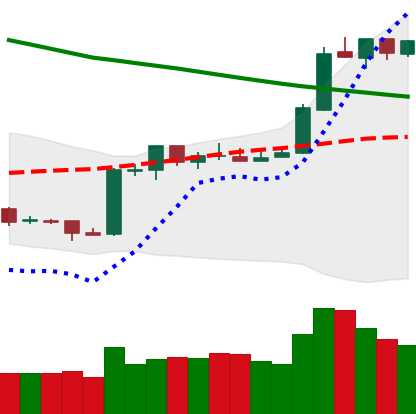
Ticker: ETH-USD
Chart end date: 2019-02-22
Forward return: -8.697%
Label: down_7plus